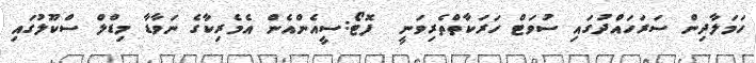
ހަމަލާދިން ސަރަހައްދުގައި ސުވަޓް ހަރަކާތްތެރިވަނީ  ފޮޓޯ:ސީއެންއެން އެމެރިކާގެ ނަވާޑާ މިޑްލް ސްކޫލުގައި